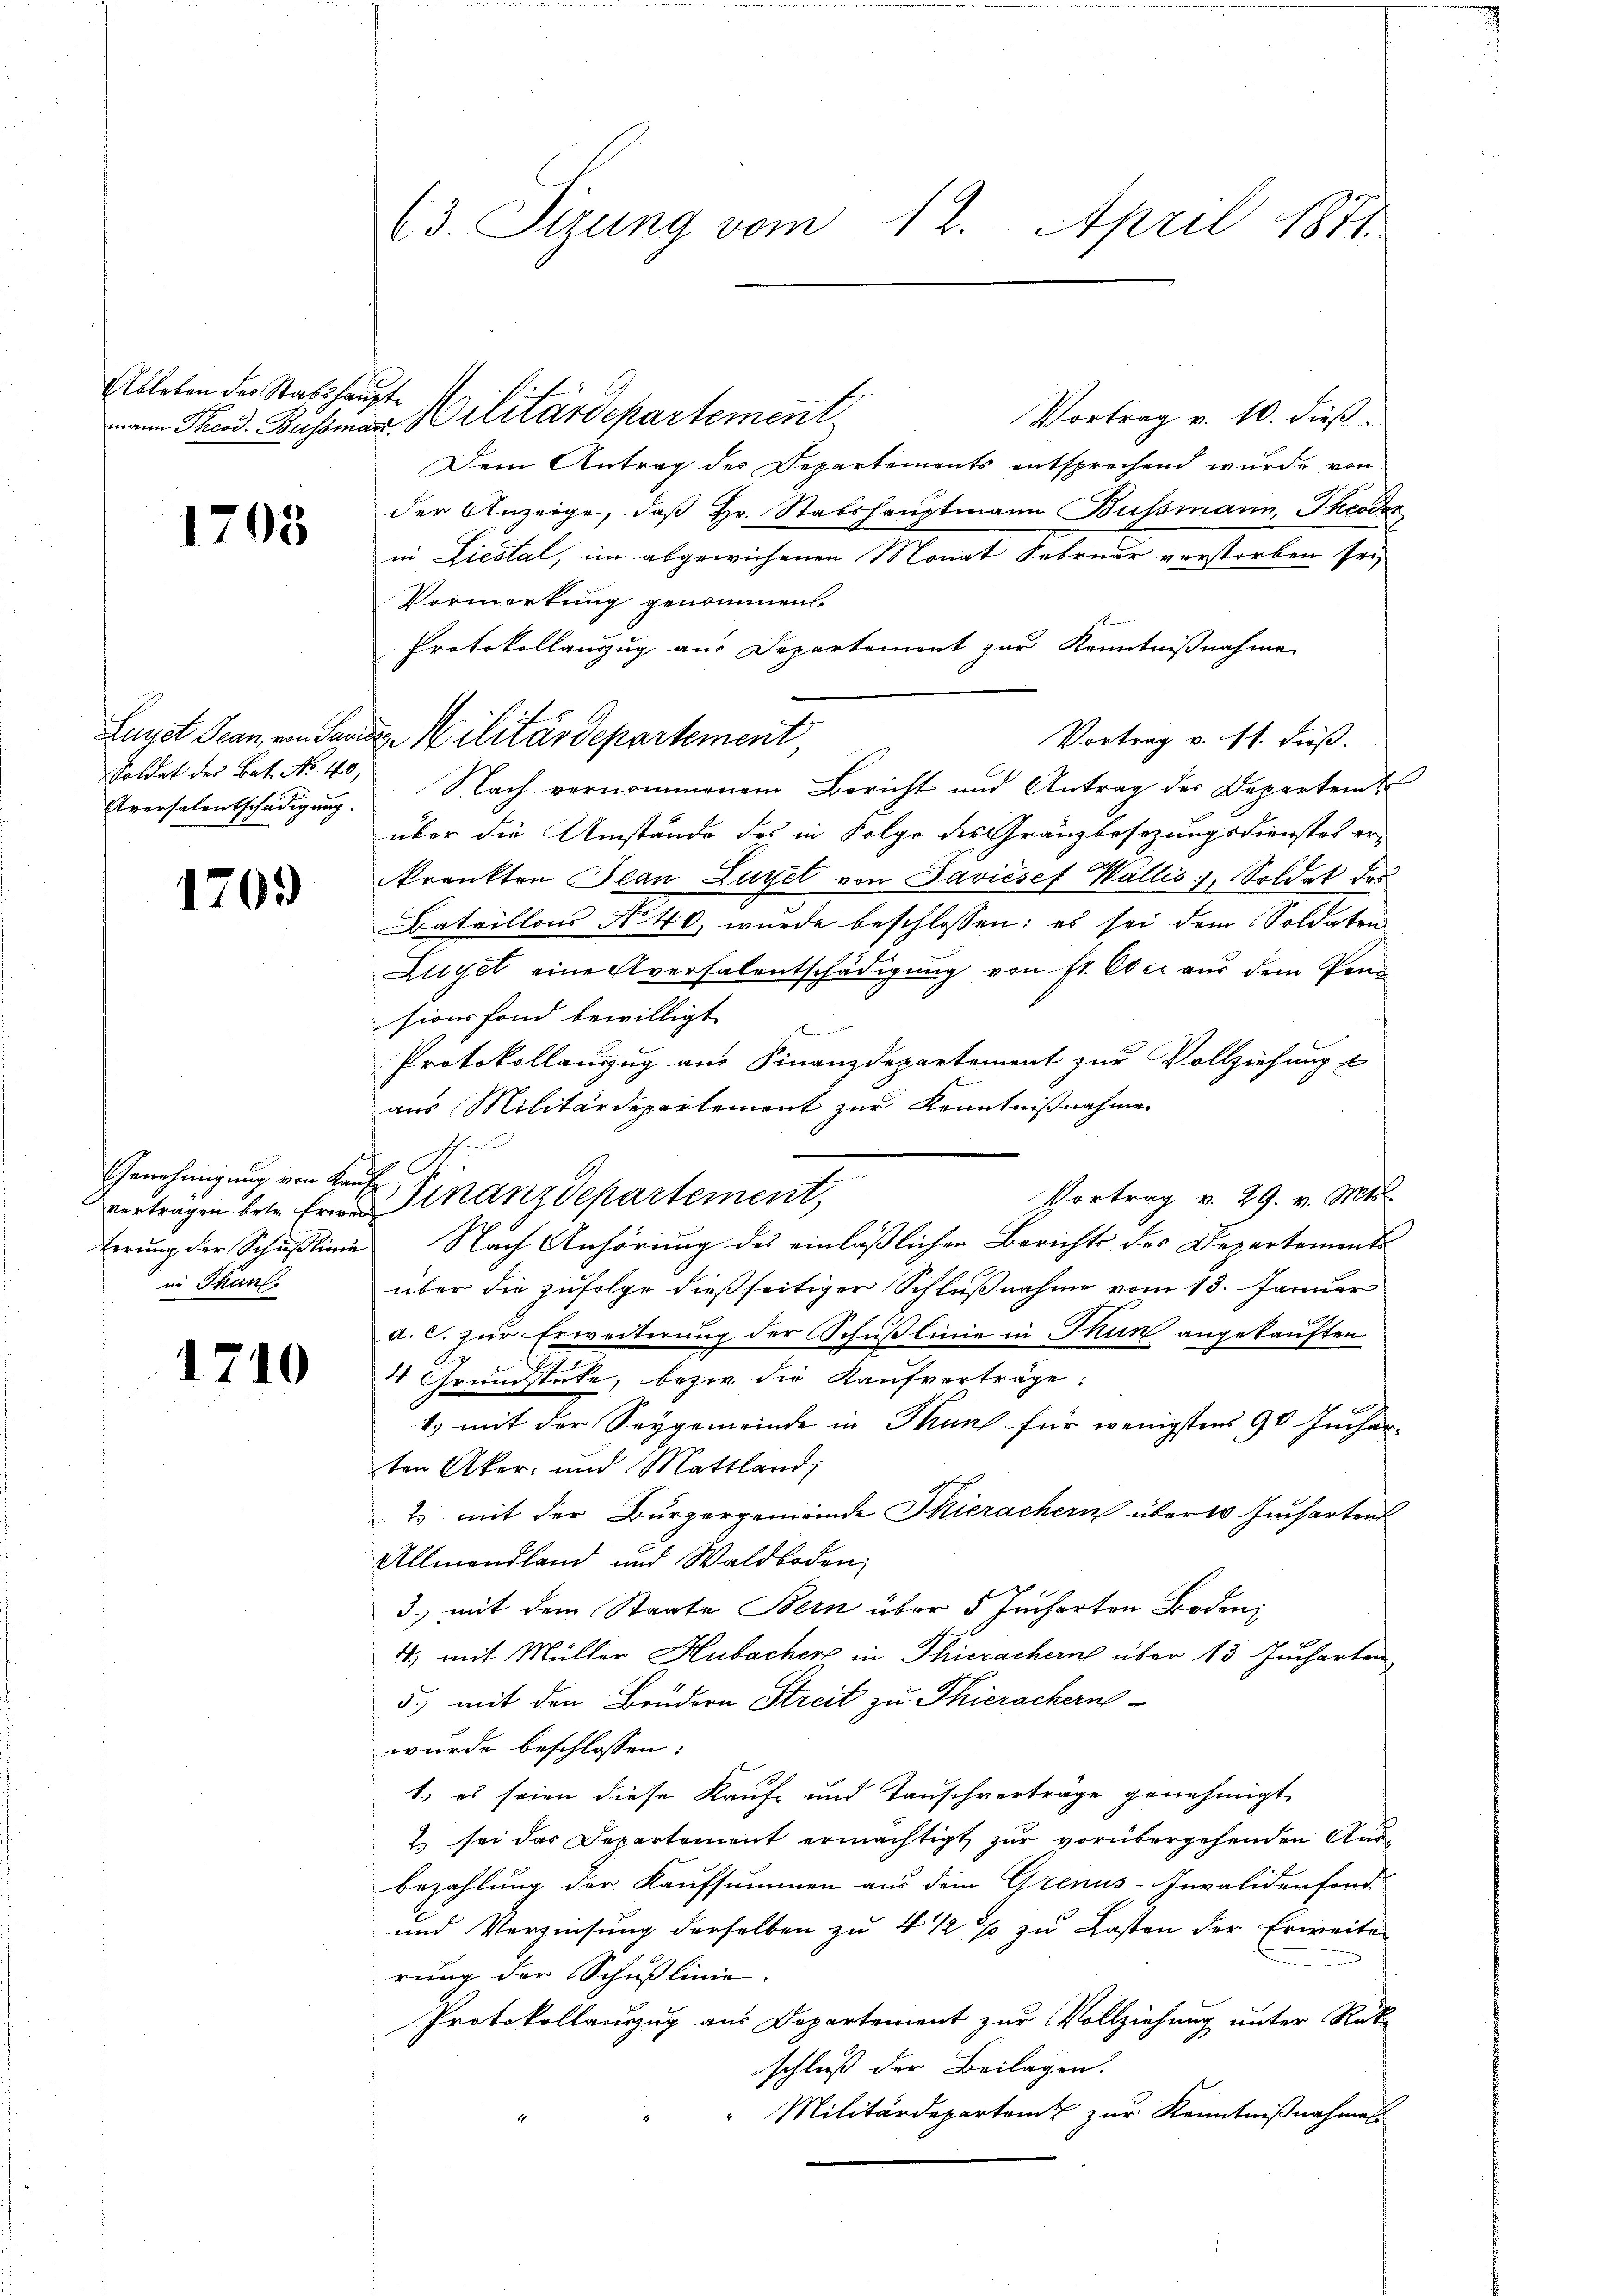
Ableben des Stabshaupt¬

1708

Soldat der Bat. No 40,
Aversalentschädigung.

1709

Genehmigung von Kauf
in Thun,

1710

(3. Sizung vom 12. April 1871

mmann Theod. Bussmann Militärdepartement

Vortrag v. 10. dieß.
Dem Antrag des Departements entsprechend wurde von
der Anzeige, daß Hr. Stabshauptmann Bussmann, Theodor
in Liestal, im abgewichenen Monat Februar verstorben sei,
Vormerkung genommen
Protokollauszug aus Departement zur Kenntnißnahme
Vortrag v. 11. dieß.
Nach vernommenem Bericht und Antrag des Departent
über die Umstände des in Folge des Granzbesizungsdienstes er-
krankten Plan Luyet von Javićsef Wallis, Soldat des
Bataillons No 40, wurde beschlossen: es sei dem Soldaten
Luye eine Aversalentschädigung von st. Oder aus dem Pensions fond bewilligt.
t
Protokollauszug aus Finanzdepartement zur Vollziehung
aus Militärdepartemont zur Kenntnißnahme.
Vortrag v. 29. v. Mts.
terung der Schußlinie Nach Anhörung des einläßlichen Berichts des Departements
über die zufolge dießseitiger Schlußnahme vom 13. Januar
a. C. zur Erweiterung der Schußlinie in Thun angekauften
4 Grundstücke, bezw. die Kaufverträge:
1.) mit der Seygemeinde in Mund für wenigstens 90 Juchar-
ten Aker- und Mattland,
2. mit der Bürgergemeinde Thierachern über 10 Jucharten
Allmendland und Waldboden,
3.) mit dem Staate Bern über 5 Jucharten Boden
4.) mit Müller Hubacher in Thierachern über 13 Jucharten
5.) mit den Brudern Streit zu Thierachern
wurde beschlossen:
1.) es seien diese Kauf- und Tauschverträge genehmigt,
2 sei das Departement ermächtigt zur vorübergehenden Ausbezahlung der Kaufsummen aus dem Grenus-Invalidenfond
und Verzinsung derselben zu 4 1/2 % zu Lasten der Erweiten
rung der Schußlinie.
Protokollauszug aus Departement zur Vollziehung unter Rück-
schluß der Beilagen.
Militärdepartem zur Kenntnißnahmen

Lunet Sean, von Sandes Militärdepartement,

h
vorträgen betr. Ernen Finanzdepartement,